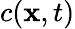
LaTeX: c(\mathbf{x},t)